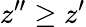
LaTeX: z^{\prime\prime}\geq z^{\prime}